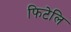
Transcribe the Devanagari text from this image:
फिटेलि